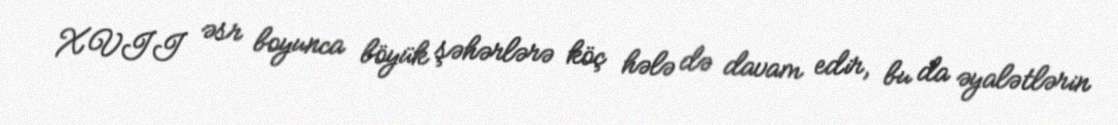
XVII əsr boyunca böyük şəhərlərə köç hələ də davam edir, bu da əyalətlərin